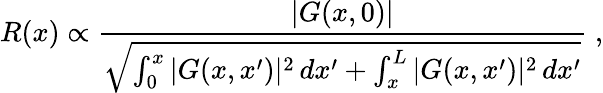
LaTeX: R(x)\propto\frac{|G(x,0)|}{\sqrt{\int_{0}^{x}|G(x,x^{\prime})|^{2}\, dx^{\prime}+\int_{x}^{L}|G(x,x^{\prime})|^{2}\, dx^{\prime}}}\; ,